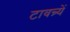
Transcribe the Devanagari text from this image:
टावन्र्यें